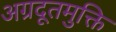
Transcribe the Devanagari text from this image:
अग्रदूतमुक्ति